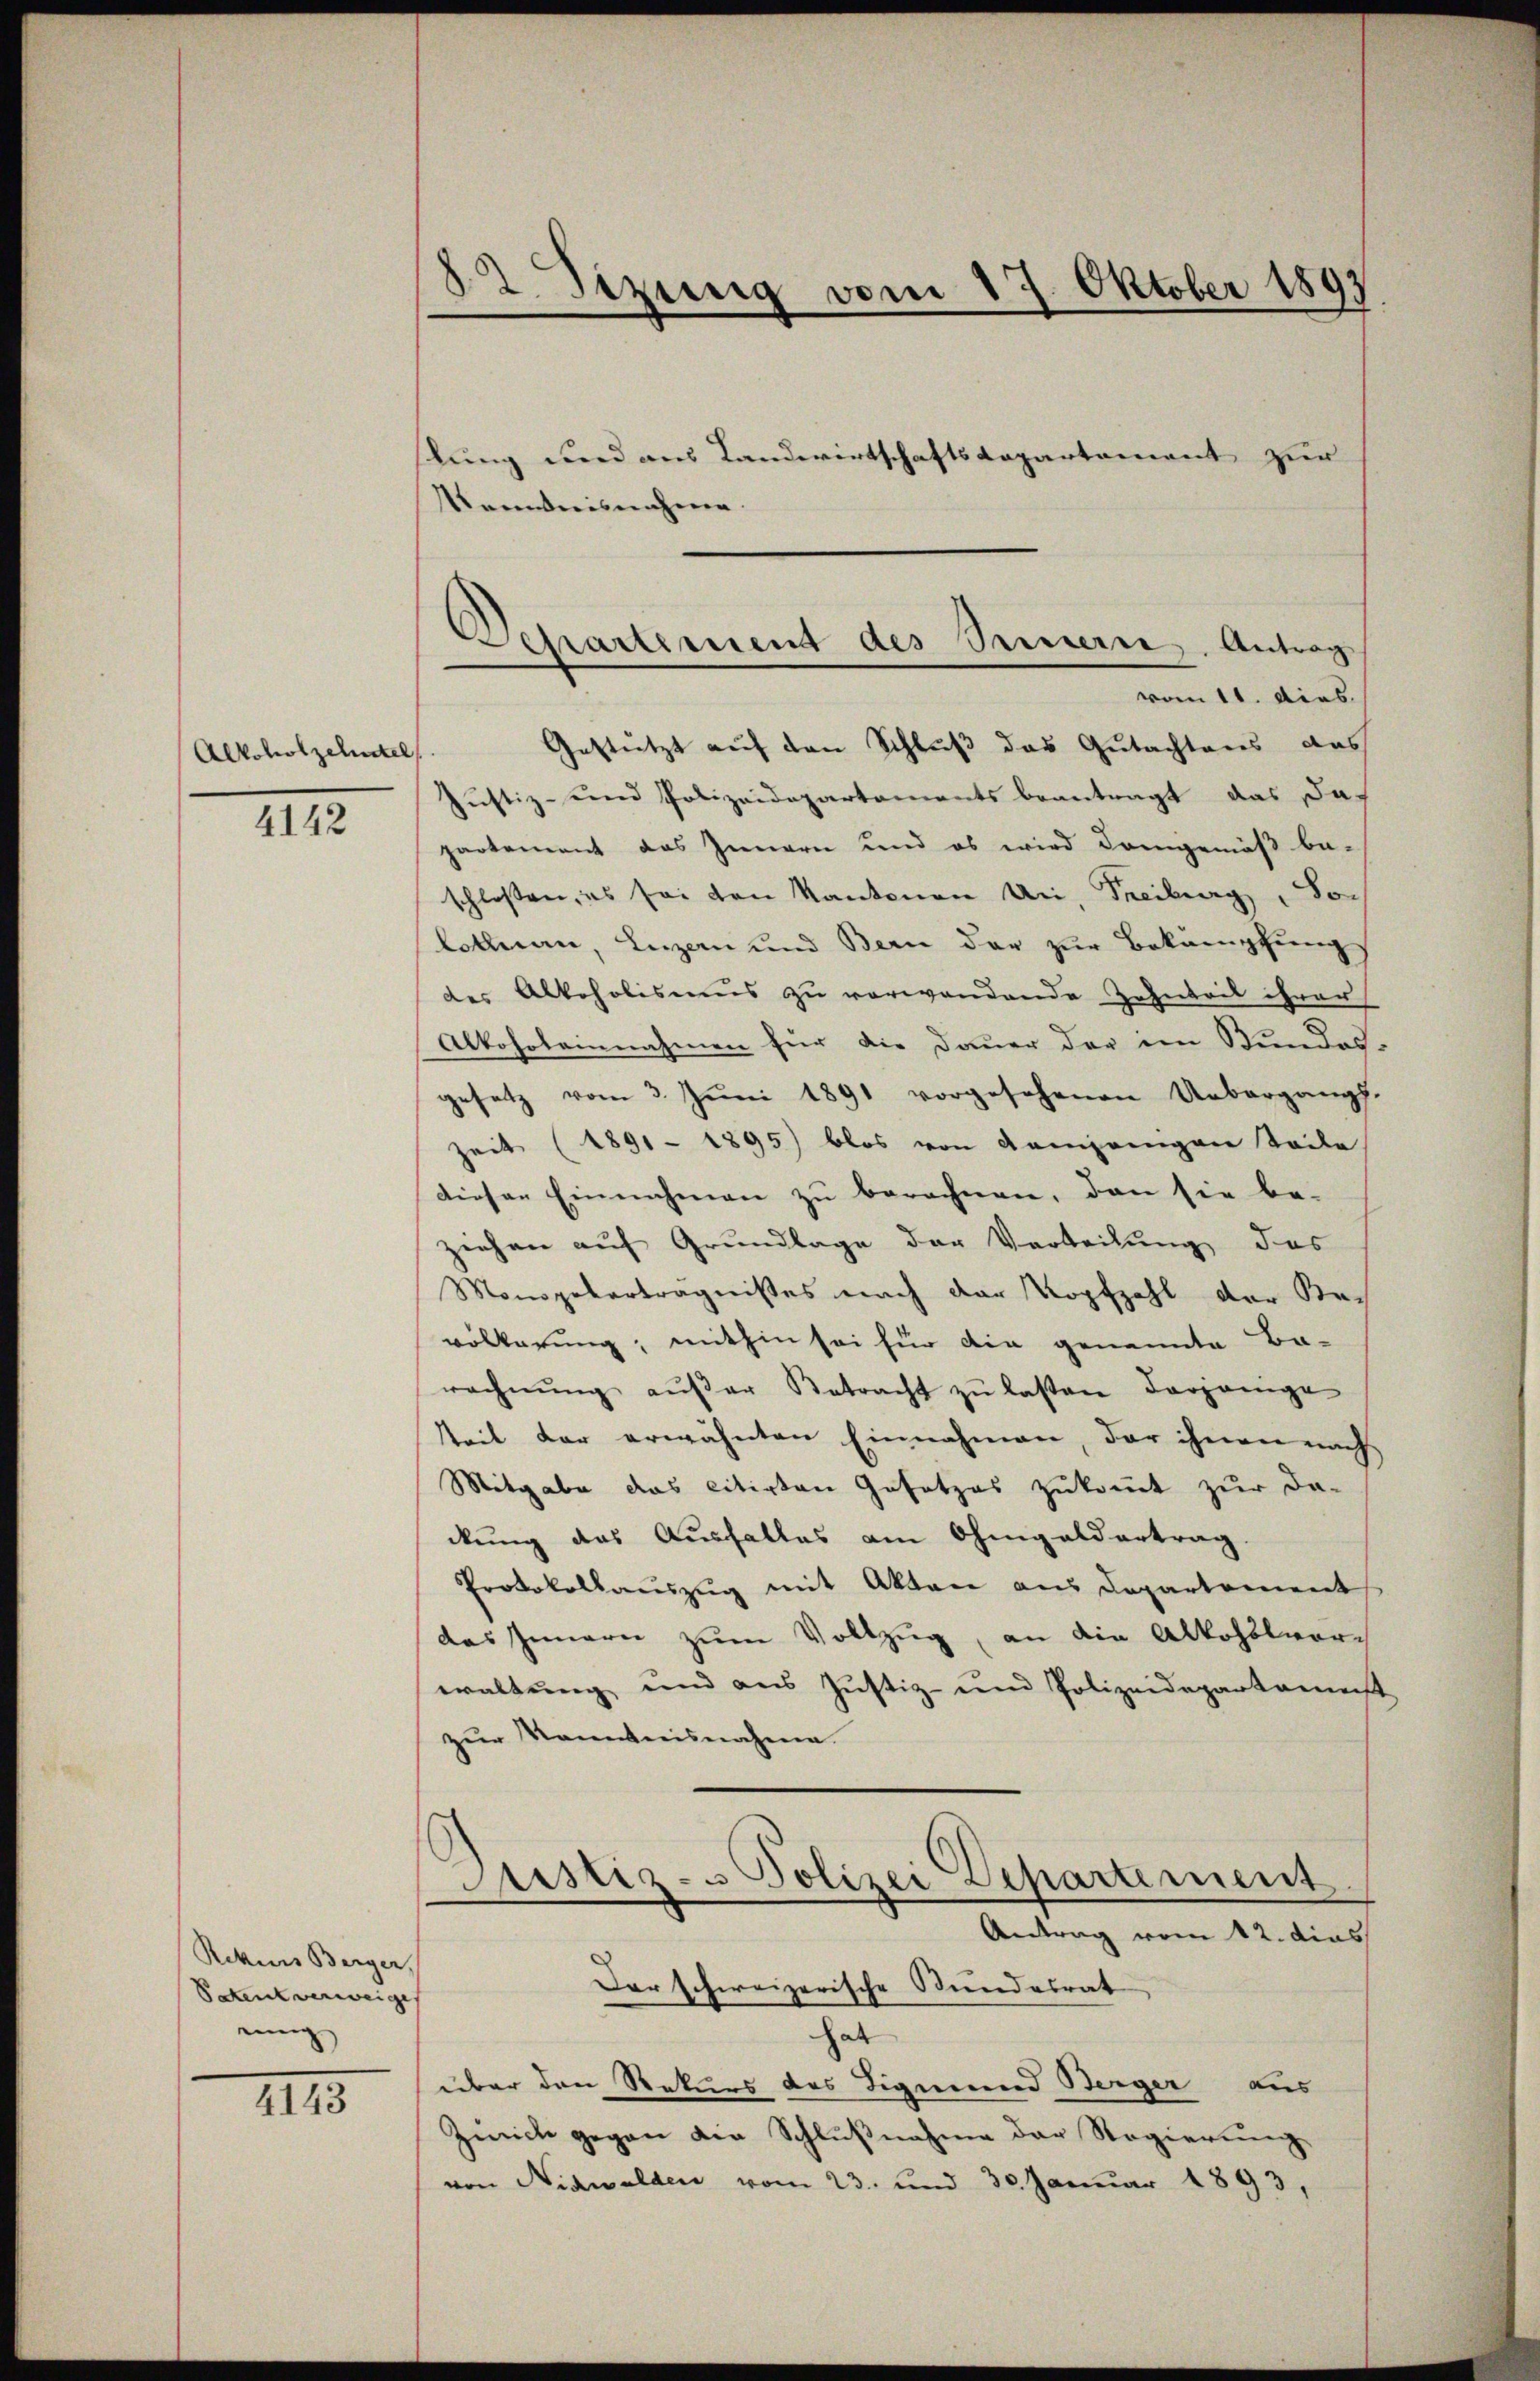
Alkoholzehntel
4142

Rekurs Berger,
Patent verweige
einig

4143

82. Sizung vom 17. Oktober 1897
ßlung und aus Landwirtschaftsdepartement zur
Kenntnisnahme.

Departement des Seinern. Antrag
vom 11. dies

Gestützt auf den Schluß das Gutachtens das
Justiz- und Polizeidepartements beantragt das das
partement das Innern und es wird demgemäß be-
schlossen, es sei von Kantonen Uri, Freiburg, So-
lothurn, Luzern und Bern der zur Bekämpfung
des Alkoholismus zu verwandende Zahntrit ihrer
Alkoholeinnahmen für die Dauer der im Stundes-
gesetz vom 3. Jŭni 1891 vorgesehenen Uebergangs-
Zeit (1891 - 1895) blos von Kampanigen Teile
dieser Einnahmen zu berechnen, den sie be-
ziehen auf Grundlage der Verteilung das
Monogeberträgnisses nach der Kopfzahl der Be-
völkerung, mithin sei für die genannte Ba-
rechnŭng aŭβer Betracht zŭ lassen derjenige
keit der erwähnten Einnahmen, der ihnen nach
Mitgabe das citirten Gesetzes zukommt zur Da-
ckung das Ausfalles am Ohmgeldertrag.
Protokollauszug mit Akten aus Departement
das Innern zŭm Vollzug, an die Alkoholvor-
waltung und aus Justiz- und Polizeidepartament
zur Kenntnisnahme
Justiz- & Polizei Departement
Antrag vom 12. dies
Dar schweizerische Stundesrat
hat
über den Rekurs des Sigmund Berger aus
Zeich gegen den Schlußnahme der Regierung
von Nidwalden vom 23. und 30. Januar 1893,